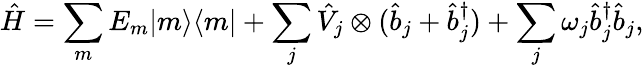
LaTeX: \hat{H}=\sum_{m}E_{m}|m\rangle\langle m|+\sum_{j}\hat{V}_{j}\otimes(\hat{b}_{j}+\hat{b}_{j}^{\dagger})+\sum_{j}\omega_{j}\hat{b}_{j}^{\dagger}\hat{b}_{j},